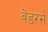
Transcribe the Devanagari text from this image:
वेंडरर्स